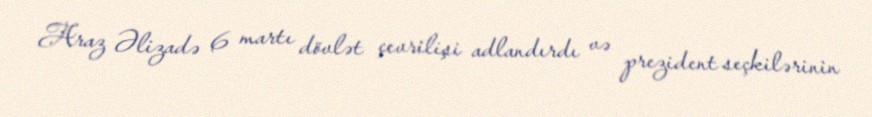
Araz Əlizadə 6 martı dövlət çevrilişi adlandırdı və prezident seçkilərinin